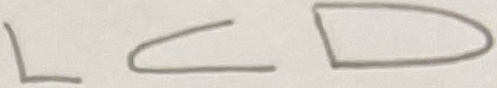
Text: LCD